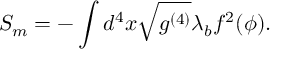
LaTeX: { \cal S } _ { m } = - \int d ^ { 4 } x \sqrt { g ^ { ( 4 ) } } \lambda _ { b } f ^ { 2 } ( \phi ) .